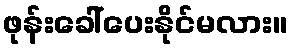
ဖုန်းခေါ်ပေးနိုင်မလား။